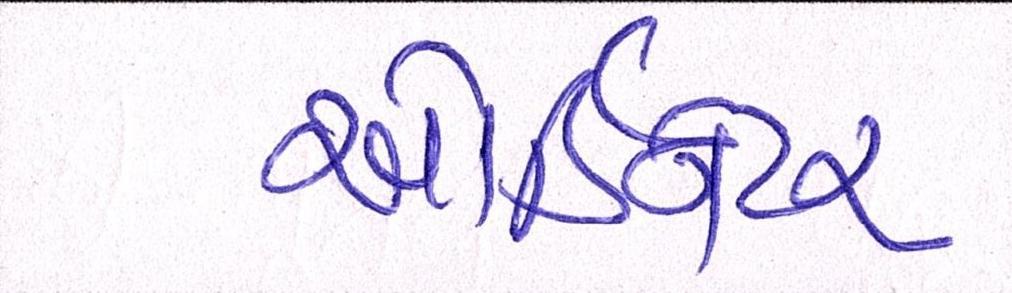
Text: ઓર્ડિનેટર